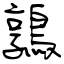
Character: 鶉